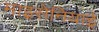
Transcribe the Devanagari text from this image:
माइसेनियाई